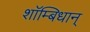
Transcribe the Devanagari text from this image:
शाॅम्बिधान्